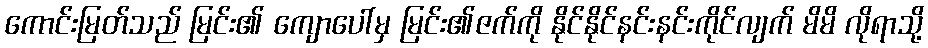
ကောင်းမြတ်သည် မြင်း၏ ကျောပေါ်မှ မြင်း၏ဇက်ကို နိုင်နိုင်နင်းနင်းကိုင်လျက် မိမိ လိုရာသို့